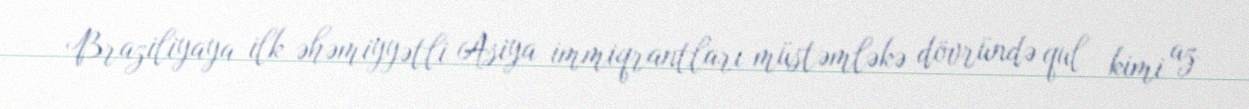
Braziliyaya ilk əhəmiyyətli Asiya immiqrantları müstəmləkə dövründə qul kimi az